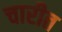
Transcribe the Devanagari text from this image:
चारीत